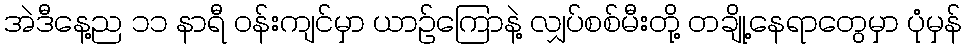
အဲဒီနေ့ည ၁၁ နာရီ ဝန်းကျင်မှာ ယာဉ်ကြောနဲ့ လျှပ်စစ်မီးတို့ တချို့နေရာတွေမှာ ပုံမှန်